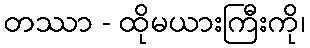
တဿာ - ထိုမယားကြီးကို၊